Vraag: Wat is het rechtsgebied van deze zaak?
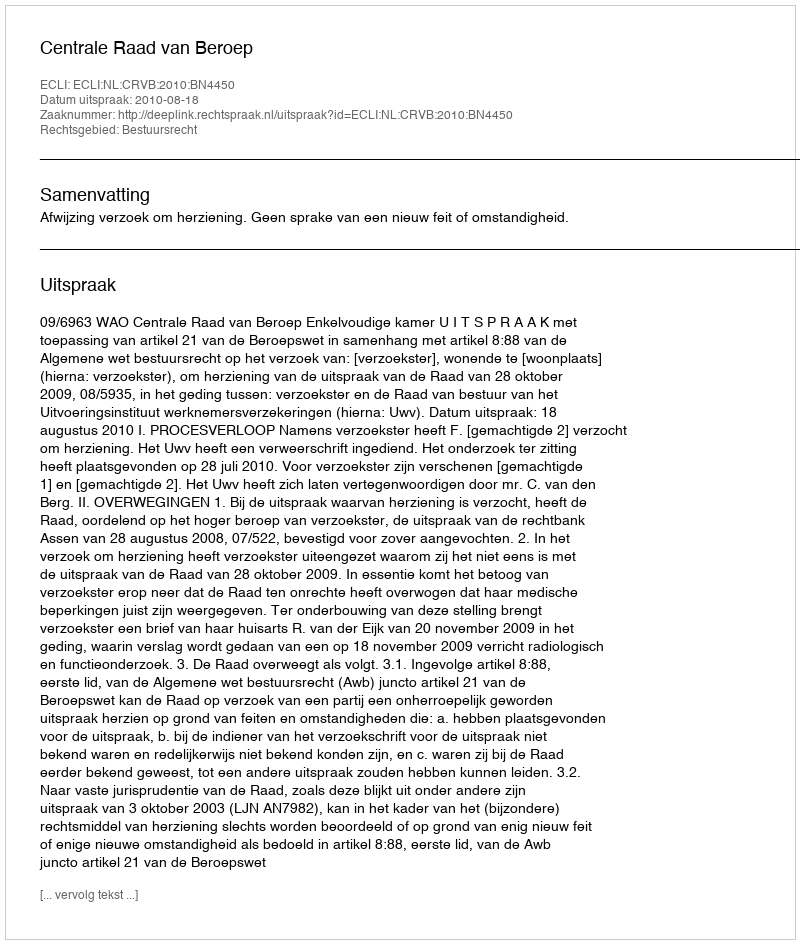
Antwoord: Bestuursrecht